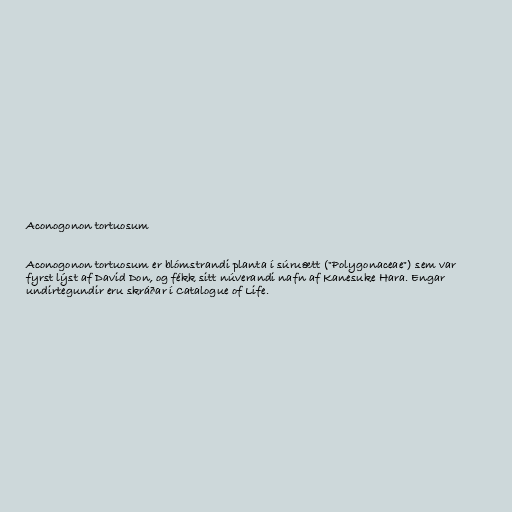
Aconogonon tortuosum

Aconogonon tortuosum er blómstrandi planta í súruætt ("Polygonaceae") sem var
fyrst lýst af David Don, og fékk sitt núverandi nafn af Kanesuke Hara. Engar
undirtegundir eru skráðar í Catalogue of Life.